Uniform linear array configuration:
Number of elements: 64
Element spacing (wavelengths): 1
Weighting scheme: hann
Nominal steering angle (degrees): -15
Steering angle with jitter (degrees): -13.183
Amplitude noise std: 0.05
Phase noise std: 0.05

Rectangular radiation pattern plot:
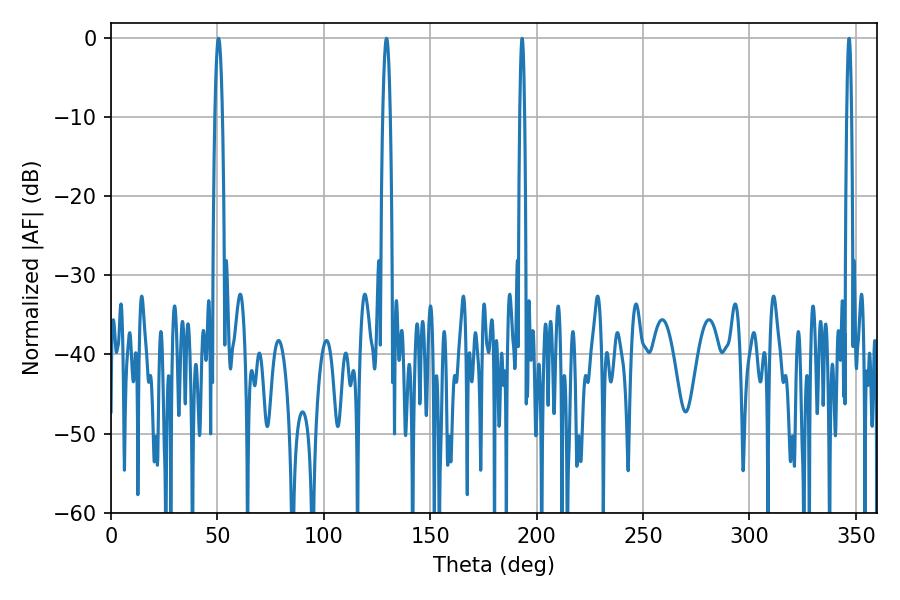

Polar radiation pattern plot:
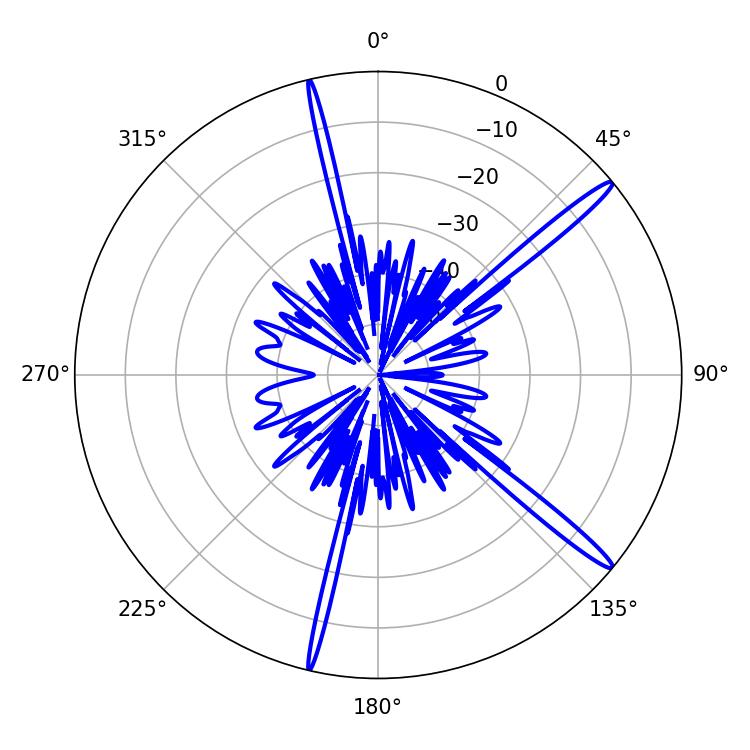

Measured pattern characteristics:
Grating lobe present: TRUE
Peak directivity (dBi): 16.307
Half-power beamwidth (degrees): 1.8
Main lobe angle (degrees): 129.42